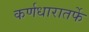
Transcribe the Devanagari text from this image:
कर्णधारातर्फे